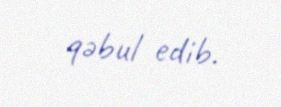
qəbul edib.